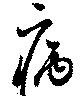
病